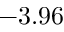
- 3 . 9 6